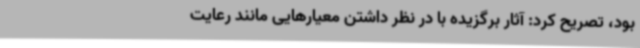
بود، تصریح کرد: آثار برگزیده با در نظر داشتن معیارهایی مانند رعایت